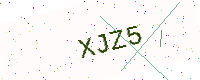
Text: XJZ5